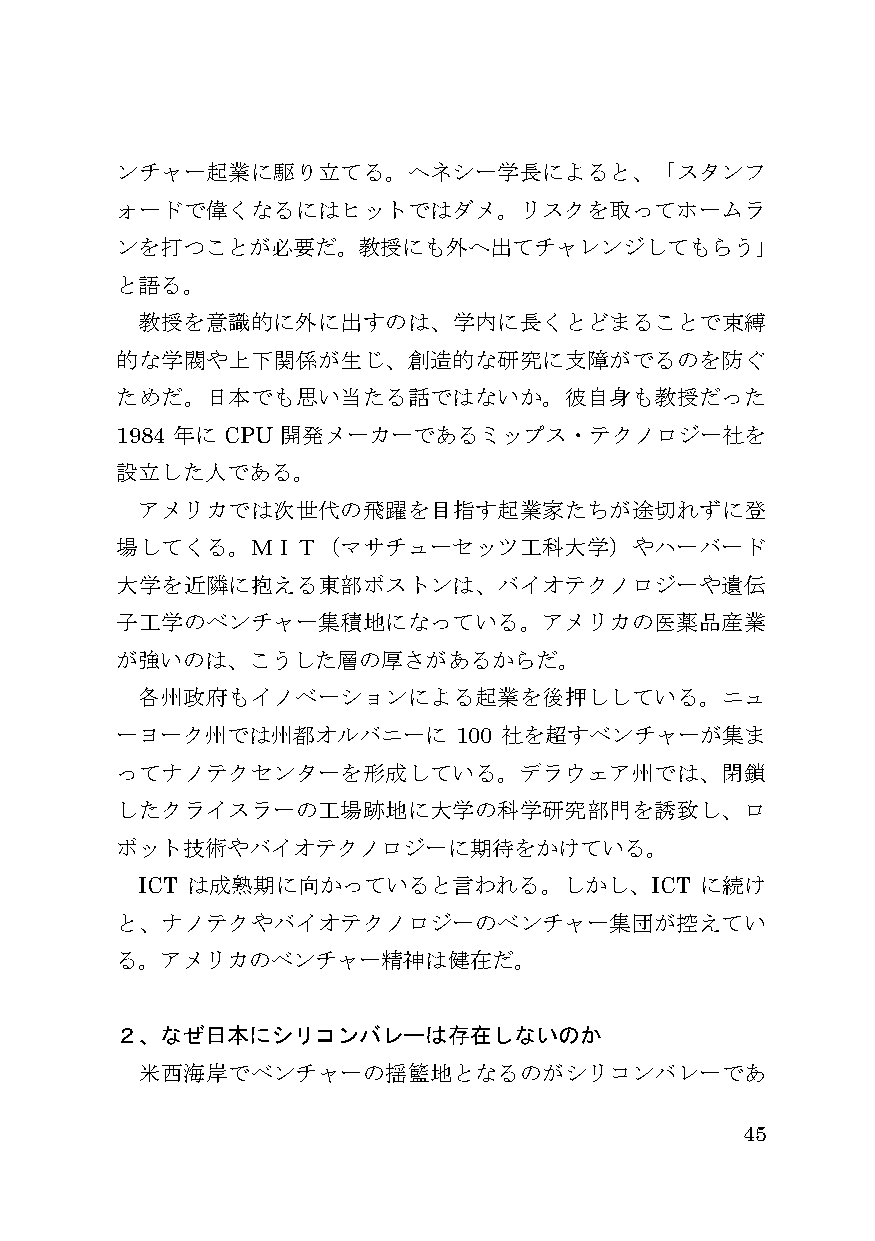
ンチャー起業に駆り立てる。ヘネシー学長によると、「スタンフ
 ォードで偉くなるにはヒットではダメ。リスクを取ってホームラ
 ンを打つことが必要だ。教授にも外へ出てチャレンジしてもらう」
 と語る。
 教授を意識的に外に出すのは、学内に長くとどまることで束縛
 的な学閥や上下関係が生じ、創造的な研究に支障がでるのを防ぐ
 ためだ。日本でも思い当たる話ではないか。彼自身も教授だった
 1984 年に CPU 開発メーカーであるミップス・テクノロジー社を
 設立した人である。
 アメリカでは次世代の飛躍を目指す起業家たちが途切れずに登
 場してくる。ＭＩＴ（マサチューセッツ工科大学）やハーバード
 大学を近隣に抱える東部ボストンは、バイオテクノロジーや遺伝
 子工学のベンチャー集積地になっている。アメリカの医薬品産業
 が強いのは、こうした層の厚さがあるからだ。
 各州政府もイノベーションによる起業を後押ししている。ニュ
 ーヨーク州では州都オルバニーに       100 社を超すベンチャーが集ま
 ってナノテクセンターを形成している。デラウェア州では、閉鎖
 したクライスラーの工場跡地に大学の科学研究部門を誘致し、ロ
 ボット技術やバイオテクノロジーに期待をかけている。
 ICT は成熟期に向かっていると言われる。しかし、ICT         に続け
 と、ナノテクやバイオテクノロジーのベンチャー集団が控えてい
 る。アメリカのベンチャー精神は健在だ。
 ２、なぜ日本にシリコンバレーは存在しないのか
 米西海岸でベンチャーの揺籃地となるのがシリコンバレーであ
 45